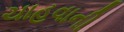
ચાહવાની